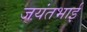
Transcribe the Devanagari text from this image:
जयंतभाई